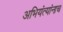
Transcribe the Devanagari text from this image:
अभियंत्यांनाच